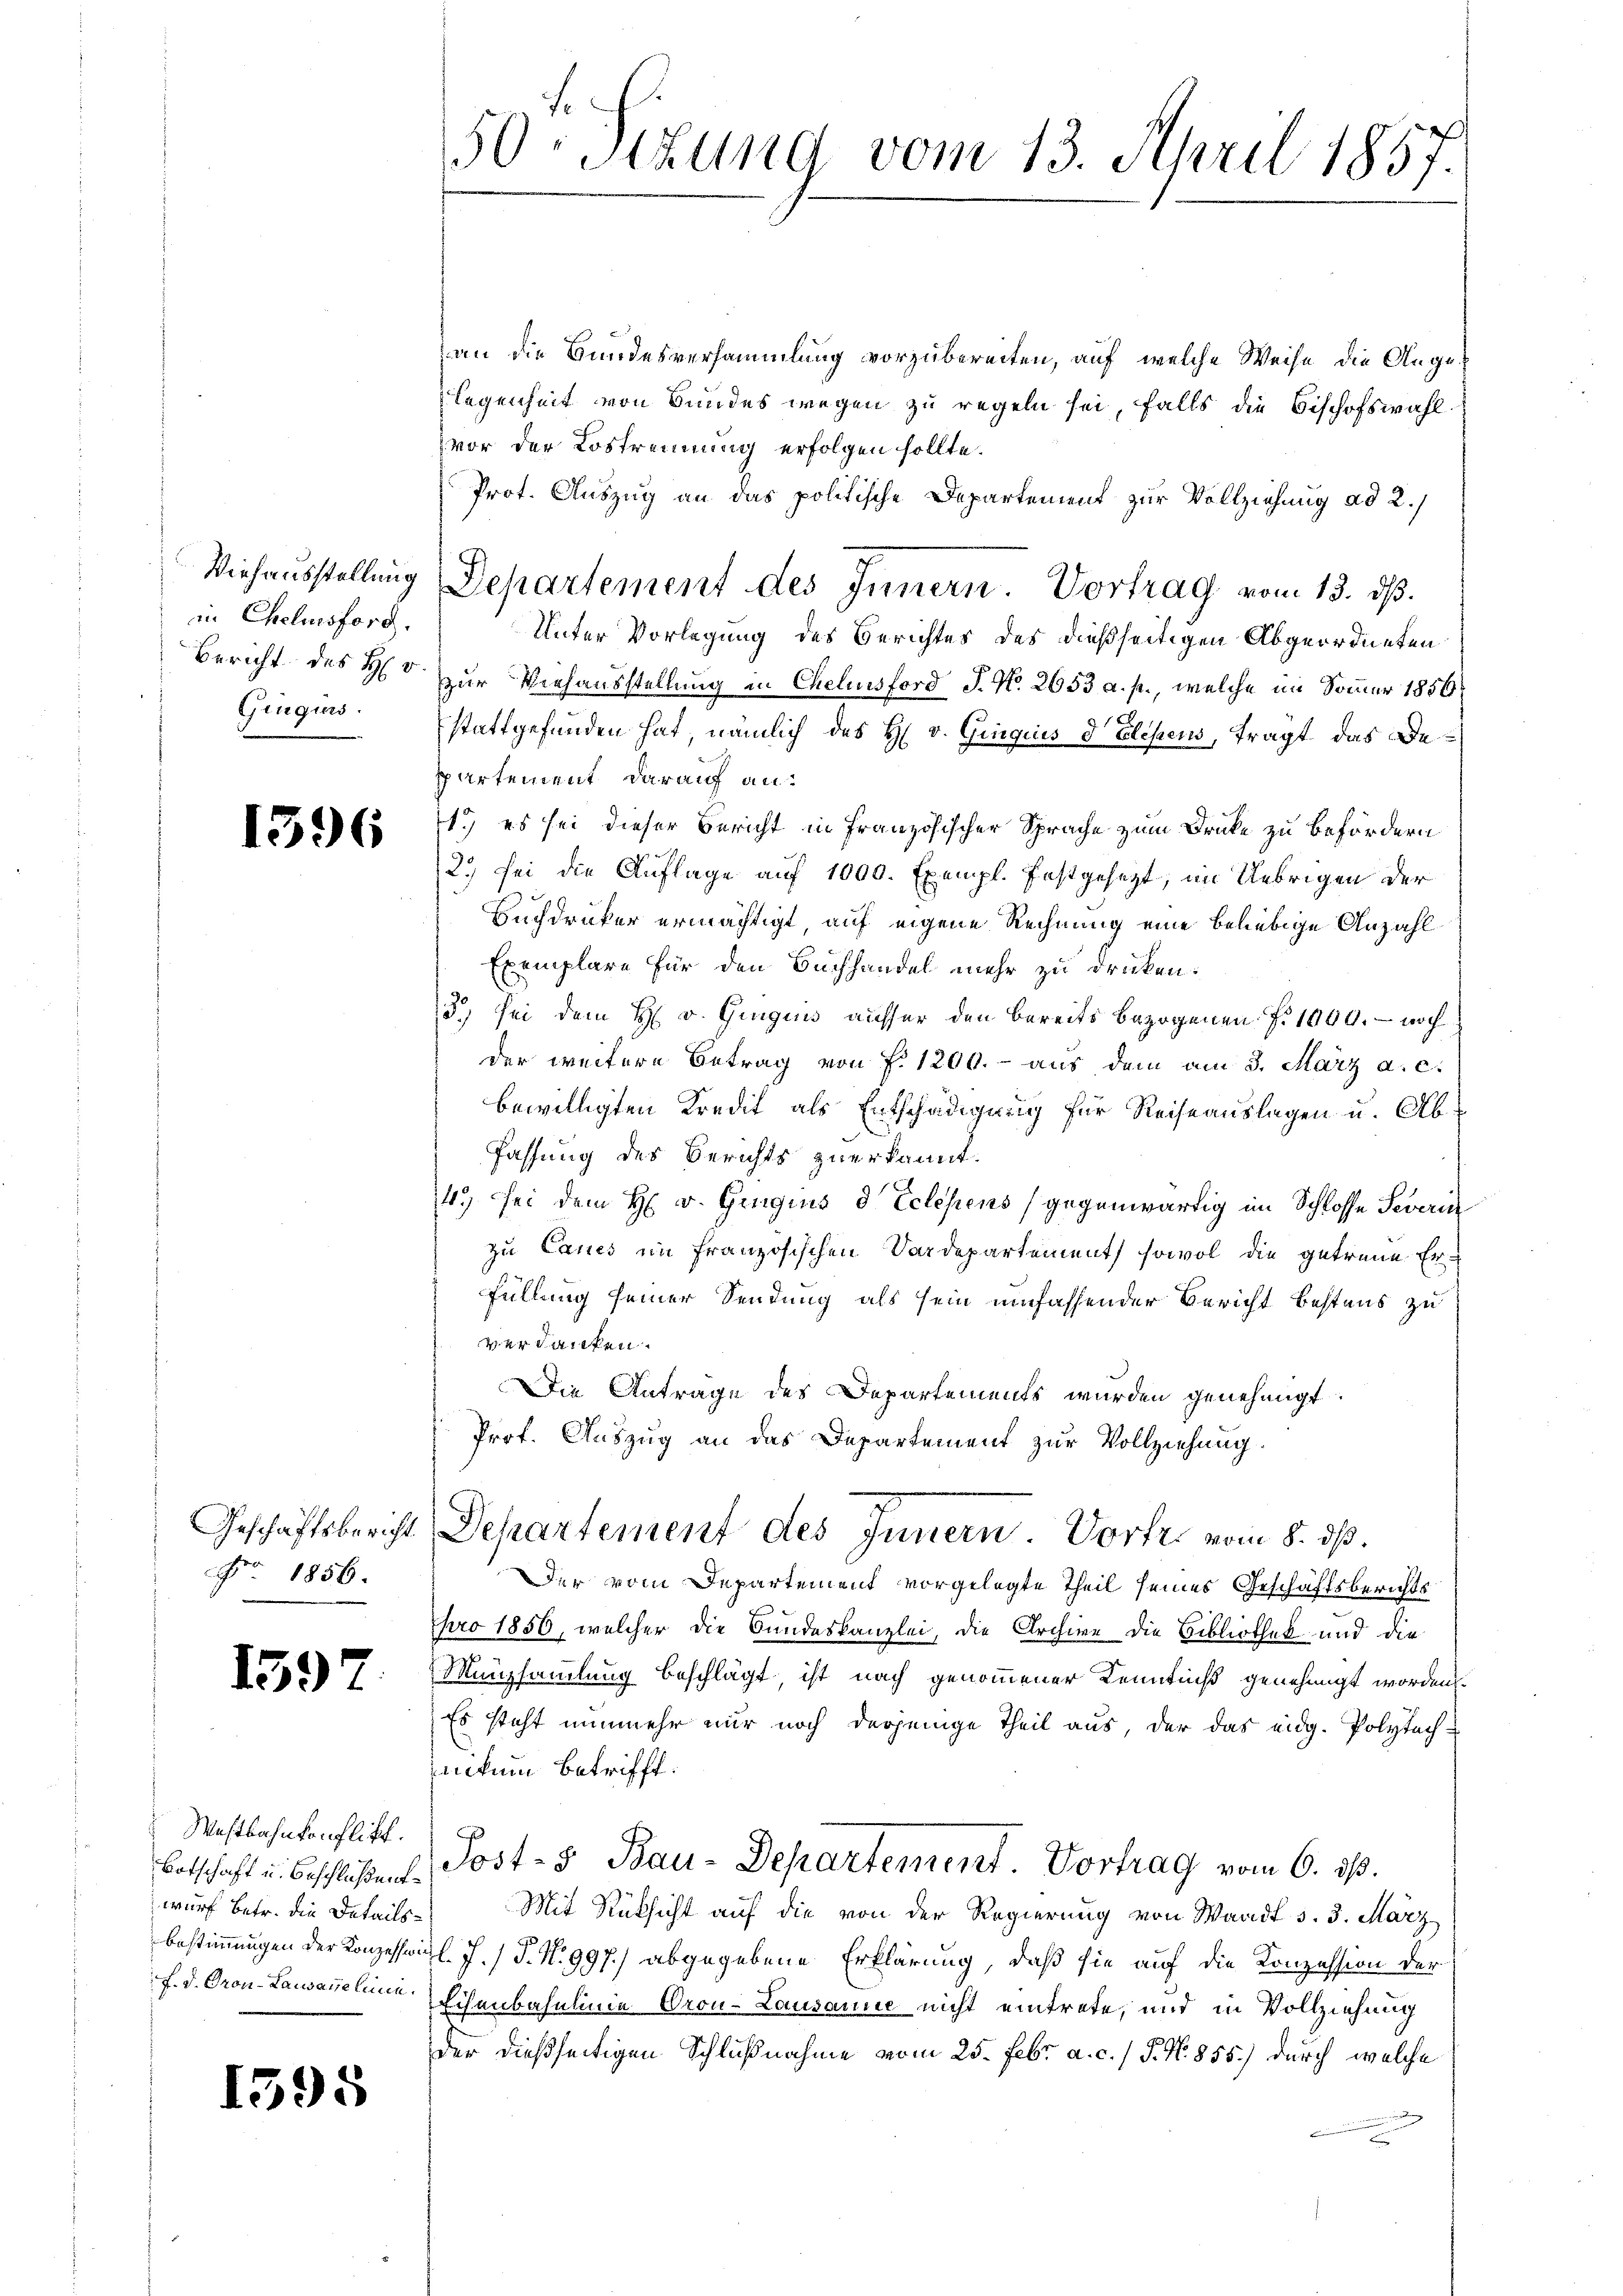
Viehausstellung
in Chelmisford
Bericht des Hr
Ginguns.

1596

Geschäftsbericht.
Fr. 1856.

159

Mestbahnkonflikt.
wurf betr. die Details¬

1595

50. Sitzung vom 13. April 1857.

an die Bundesversammlung vorzubereiten, auf welche Weise die Angelegenheit von Bundes wegen zu regeln sei, falls die Bischofswahl.
vor der Lostrennung erfolgen sollte.
Prot. Auszug an das politische Departement zur Vollziehung ad 2.)
Departement des Innern. Vortrag vom 13. ds.
Unter Vorlegung des Berichtes des dießseitigen Abgeordneten
zur Viehausstellung in Chelinsford J. N. 2653 a. p., welche im Sommer 1856
stattgefunden hat, nämlich des H. v. Ginquis d Elisens, fragt, das Beppartement darauf an:
1.) es sei dieser Bericht in Französischer Sprache zum Druke zu befördern
2) sei die Auflage auf 1000. Exempl. festgesezt, im Uebrigen der
Buchdrucker ermächtigt, auf eigene Rechnung eine beliebige Anzahl
Exemplare für den Buchhandel mehr zu drücken.
3) sei dem H. v. Gingins ausser den bereits bezogenen f. 1000. - noch
der weitere Betrag von f. 1200.- aus dem am 3. März a. c.
bewilligten Kredit als Entschädigung für Reiseauslagen u. Abfassung des Berichts zuerkannt.
14.) Sei dem H. v. Gingins d Eclehens (gegenwärtig im Schlosse Severin
zu Caues im französischen Vordepartement, sowol die getreue Erfüllung seiner Sendung als sein umfassender Bericht bestens zu
verdanken.
Die Antrage des Departements wurden genehmigt.
Prof. Auszug an das Departement zur Vollziehung.
Departement des Innern Vorte vom 8. dß.
Der vom Departement vorgelegte Theil seines Geschäftsberichts
pro 1856, welcher die Bundeskanzlei, die Archive die Bibliothek und die
Münzsammlung beschlägt, ist nach genommener Kenntniß genehmigt worden.
Es steht nunmehr nur noch derjenige Theil aus, der das eidg. Polytechnikum betrifft.
Betschaft u. beschlüßen Post- & Bau-Departement. Vortrag vom 6. ds.
Mit Rüksicht auf die von der Regierung von Waadt s. 3. März
Bestimmungen der Konzessai l. J. P. Nr. 997.) abgegebene Erklärung, daß sie auf die Konzession der
f. d. Cron-Lawanclina Schenbahnlinie Oron-Lausamer nicht eintrete, und in Vollziehung
der dießseitigen Schlußnahme vom 25. Febr. a. c. / P. Nr. 855.) durch welche
t